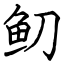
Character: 鱽